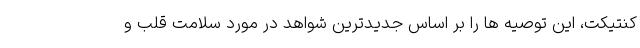
کنتیکت، این توصیه ها را بر اساس جدیدترین شواهد در مورد سلامت قلب و